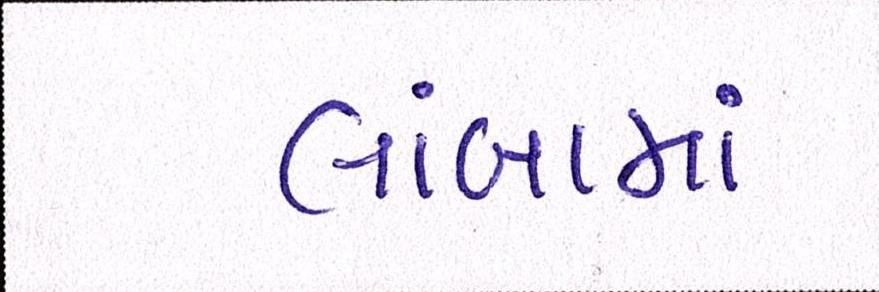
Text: લાંબામાં